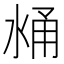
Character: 𰛼